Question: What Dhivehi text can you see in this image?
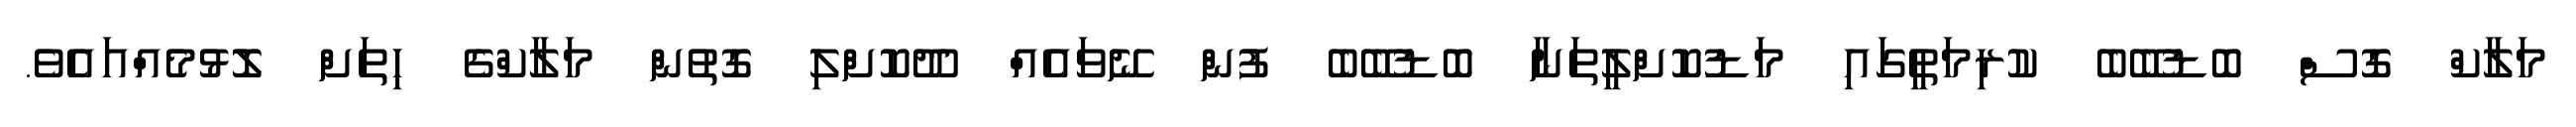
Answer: މަލާކް ގޮސް ބޮޑުބޭބެ ކުރިމަތީގައި މަޑުކޮށްލީތަނާ ބޮޑުބޭބެ ފުން ނޭވައެއް ދޫކޮށްލި ގޮތުން މަލާކްގެ ހިތަށް ލޮޅުމެއްއައެވެ.